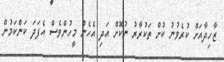
ޒާހިދާއަށް ކުރެވުނު ކުށް ތަކުރާރު ނުކޮށް އަދި އެހެން މީހުންވެސް އެފަދަ ކަންކަމުން